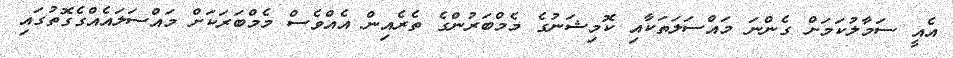
އެއީ ސަމާލުކަމަށް ގެންނަ މައްސަލަތަކާއި ކޮމިޝަނުގެ މެމްބަރުންގެ ތެރެއިން އެއްވެސް މެމްބަރަކަށް މައްސަލައެއްގެގޮތުގައި